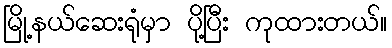
မြို့နယ်ဆေးရုံမှာ ပို့ပြီး ကုထားတယ်။